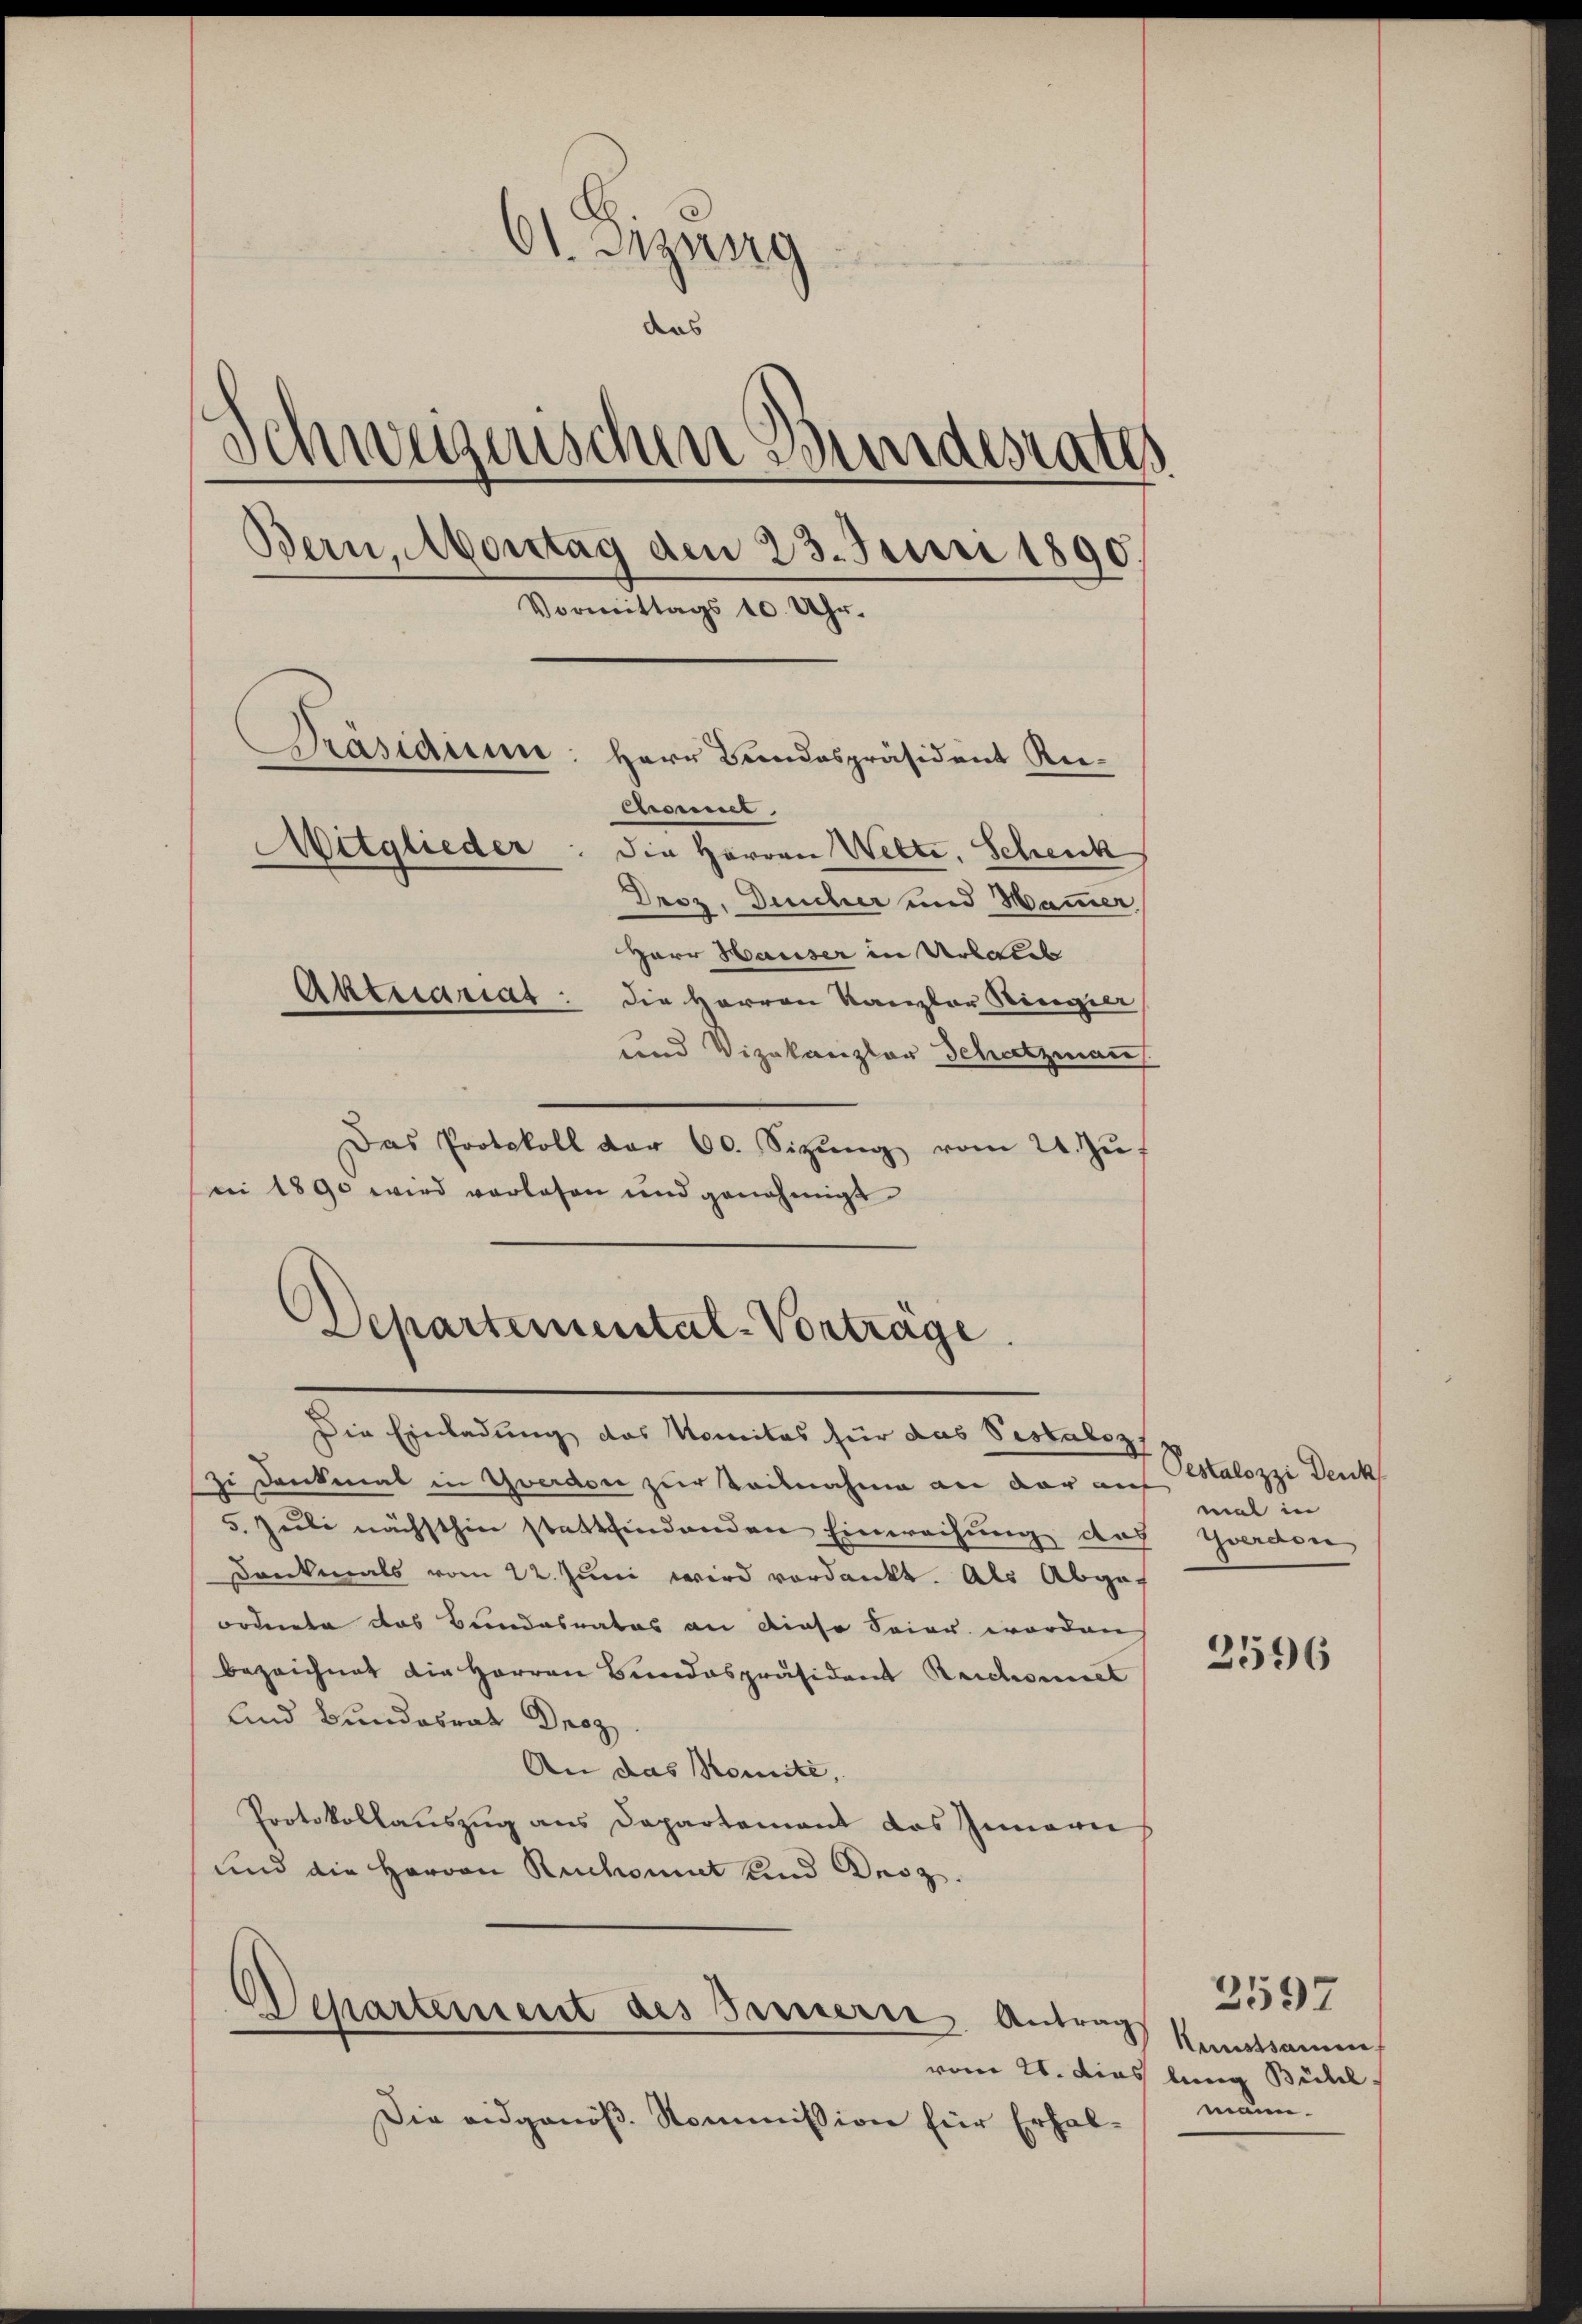
01. Dizung
das
Schweizerischen Bundesrates
Bern, Montag den 23. Juni 1890
Vormittags 10. Uhr.
Präsidium: Herr Bundespräsident Re¬
Comet
Mitglieder
die Herren Wette. Scheick
Droz. Juncher und Hammer,
Herr Hauser in Urbares
Aktuariat: die Herren Kanzler Ringier

und Vizekanzler Schatzmann.
Das Protokoll der 60. Sizŭng vom 24. Zuf
ni 1890 wird vorlesen und genehmigt
Die Einladung das Komitas für das Vestaloz
i Dankmal in Yverdon zur Teilnahme an der auf
5. Juli nächsthin stattfindenden Einweisung das Yverden
Dankmals vom 22. Jŭni wird verdankt. Als Abgef
ordnete das Bundesrates an diese Seier worden
bezeichnet die Herren Bundespräsident Reichviel
Und Bundesrat Droz
An das Komité,
Protokollauszug aus Departement das Innern
und die Hervon Ruchomit und Droz.

Departemental-Vortrage

Departement des Bernern. Antrag

Pestalozzi Denk
mal in

Die eidgenöß. Kommission für Erhal¬

2596

Kunstsamen
vom 21. dies lang Bühl
mann.

2597